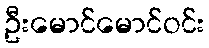
ဦးမောင်မောင်ဝင်း